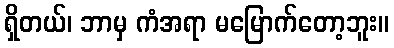
ရှိတယ်၊ ဘာမှ ကံအရာ မမြောက်တော့ဘူး။